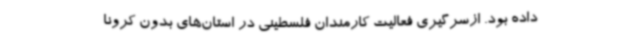
داده بود. ازسرگیری فعالیت کارمندان فلسطینی در استان‌های بدون کرونا